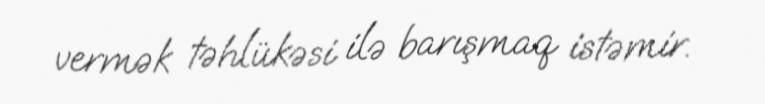
vermək təhlükəsi ilə barışmaq istəmir.